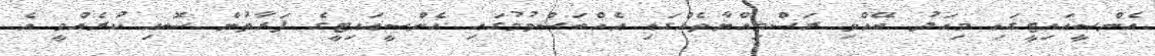
އެންސީއައިޓީގައި މިއަދު ބޭއްްވި ރަސްމިއްޔާތެއްގައި އެއްބަސްވުމުގައި އެންސީއައިޓީގެ ފަރާތުން ސޮއި ކުރެއްވީ އެ